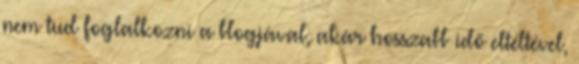
nem tud foglalkozni a blogjával, akár hosszabb idő elteltével,